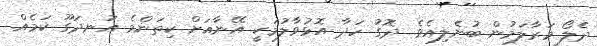
ދެލޯ މަރާލަމުން ބުނެލިއެވެ. ދޮގު ހަދާ އޮޅުވާލުމަކީ އޭނާއަށް ކިތަންމެ އުނދަގޫ ކަމެއް